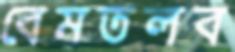
বেমতলব